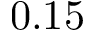
0 . 1 5